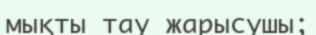
мықты тау жарысушы;